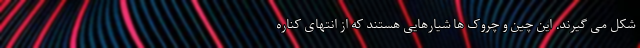
شکل می گیرند. این چین و چروک ها شیارهایی هستند که از انتهای کناره